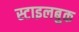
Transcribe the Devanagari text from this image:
स्टाइलबुक